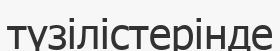
түзілістерінде